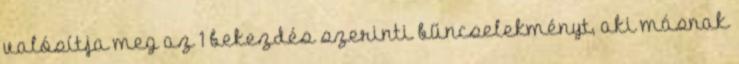
valósítja meg az 1 bekezdés szerinti bűncselekményt, aki másnak